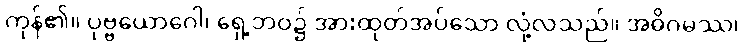
ကုန်၏။ ပုဗ္ဗယောဂေါ၊ ရှေ့ဘဝ၌ အားထုတ်အပ်သော လုံ့လသည်။ အဓိဂမဿ၊